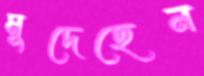
মুদেছেন